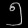
Digit: ၅